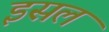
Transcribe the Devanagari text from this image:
इसल